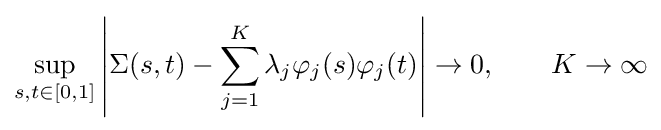
\sup _{s,t\in [0,1]}\left|\Sigma (s,t)-\sum _{j=1}^{K}\lambda _{j}\varphi _{j}(s)\varphi _{j}(t)\right|\to 0,\qquad K\to \infty